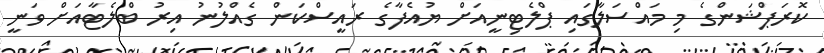
ކޮރަޕްޝަންގެ މި މައްސަލާގައި ޕްލެޓިނީއަށް ޔުއެފާގެ ރައީސްކަން ގެއްލުނު އިރު ބްލެޓާއަށް ވަނީ